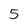
Character: 5